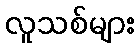
လူသစ်များ